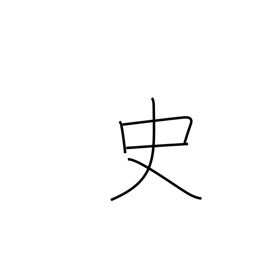
Meaning: chronicle